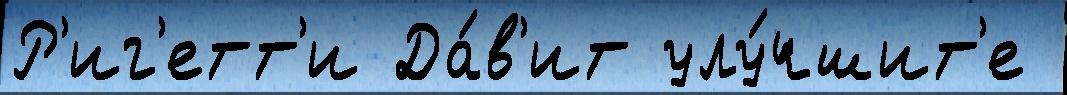
Р'иг'етт'и Да́в'ит улу́чшит'е